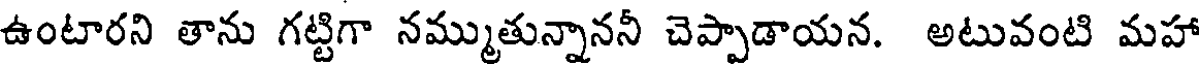
ఉంటారని తాను గట్టిగా నమ్ముతున్నాననీ చెప్పాడాయన. అటువంటి మహా